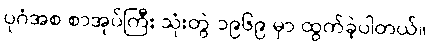
ပုဂံအစ စာအုပ်ကြီး သုံးတွဲ ၁၉၆၉ မှာ ထွက်ခဲ့ပါတယ်။